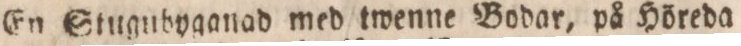
En Stugubyganad med twenne Bodar, på Höreda